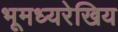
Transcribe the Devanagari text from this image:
भूमध्यरेखिय